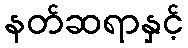
နတ်ဆရာနှင့်